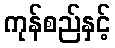
ကုန်စည်နှင့်